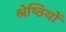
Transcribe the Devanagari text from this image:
श्रेष्ठियों